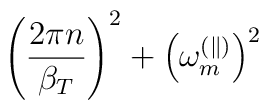
\left(\frac{2\pi n}{\beta_T}\right)^2+\left(\omega_m^{(\parallel)}\right)^2